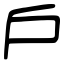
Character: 戶